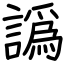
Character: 譌